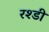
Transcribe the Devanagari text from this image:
रश्डी